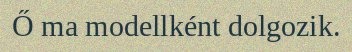
Ő ma modellként dolgozik.